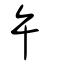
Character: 午